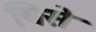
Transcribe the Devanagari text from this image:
यिसे